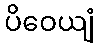
ပိဝေယျံ